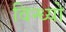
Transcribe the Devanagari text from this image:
विन्ध्यो